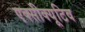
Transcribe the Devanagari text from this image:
एक्सीक्यूटिव